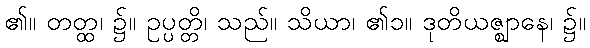
၏။ တတ္ထ၊ ၌။ ဥပ္ပတ္တိ၊ သည်။ သိယာ၊ ၏၁။ ဒုတိယဇ္ဈာနေ၊ ၌။